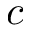
c